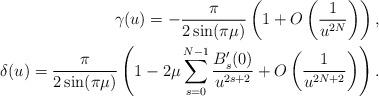
LaTeX: \begin{align*} \gamma(u) = -\frac{\pi}{2\sin(\pi\mu)}\left(1+O\left(\frac{1}{u^{2N}}\right)\right),\\ \delta(u) = \frac{\pi}{2\sin(\pi\mu)}\left(1-2\mu\sum_{s=0}^{N-1}\frac{B_s'(0)}{u^{2s+2}}+O\left(\frac{1}{u^{2N+2}}\right)\right).\end{align*}